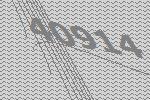
40914